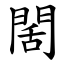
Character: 䦚